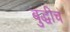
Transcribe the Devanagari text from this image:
बुद्धीचं